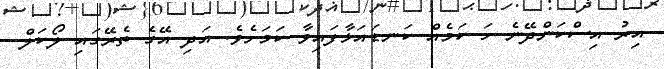
އިރު އިސްކަންދޭނެ ހަ ކަމެއް ކަނޑައަޅާފައިވާ ކަމަށެވެ. އަދި އޭގެ ތެރޭގައި ލޯކަލް